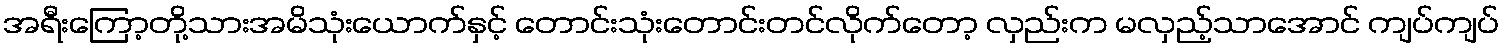
အရီးကြော့တို့သားအမိသုံးယောက်နှင့် တောင်းသုံးတောင်းတင်လိုက်တော့ လှည်းက မလှည့်သာအောင် ကျပ်ကျပ်